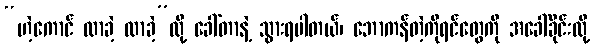
“ဟဲ့ကောင် လာခဲ့ လာခဲ့”လို့ ခေါ်တာနဲ့ သွားရပါတယ်၊ ဘောကန်တဲ့ကိုရင်တွေကို အခေါ်ခိုင်းလို့